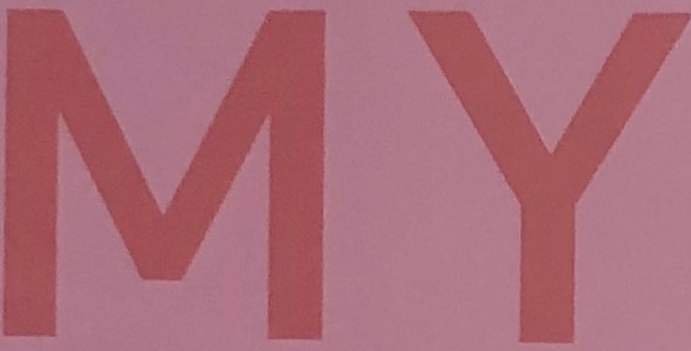
MY